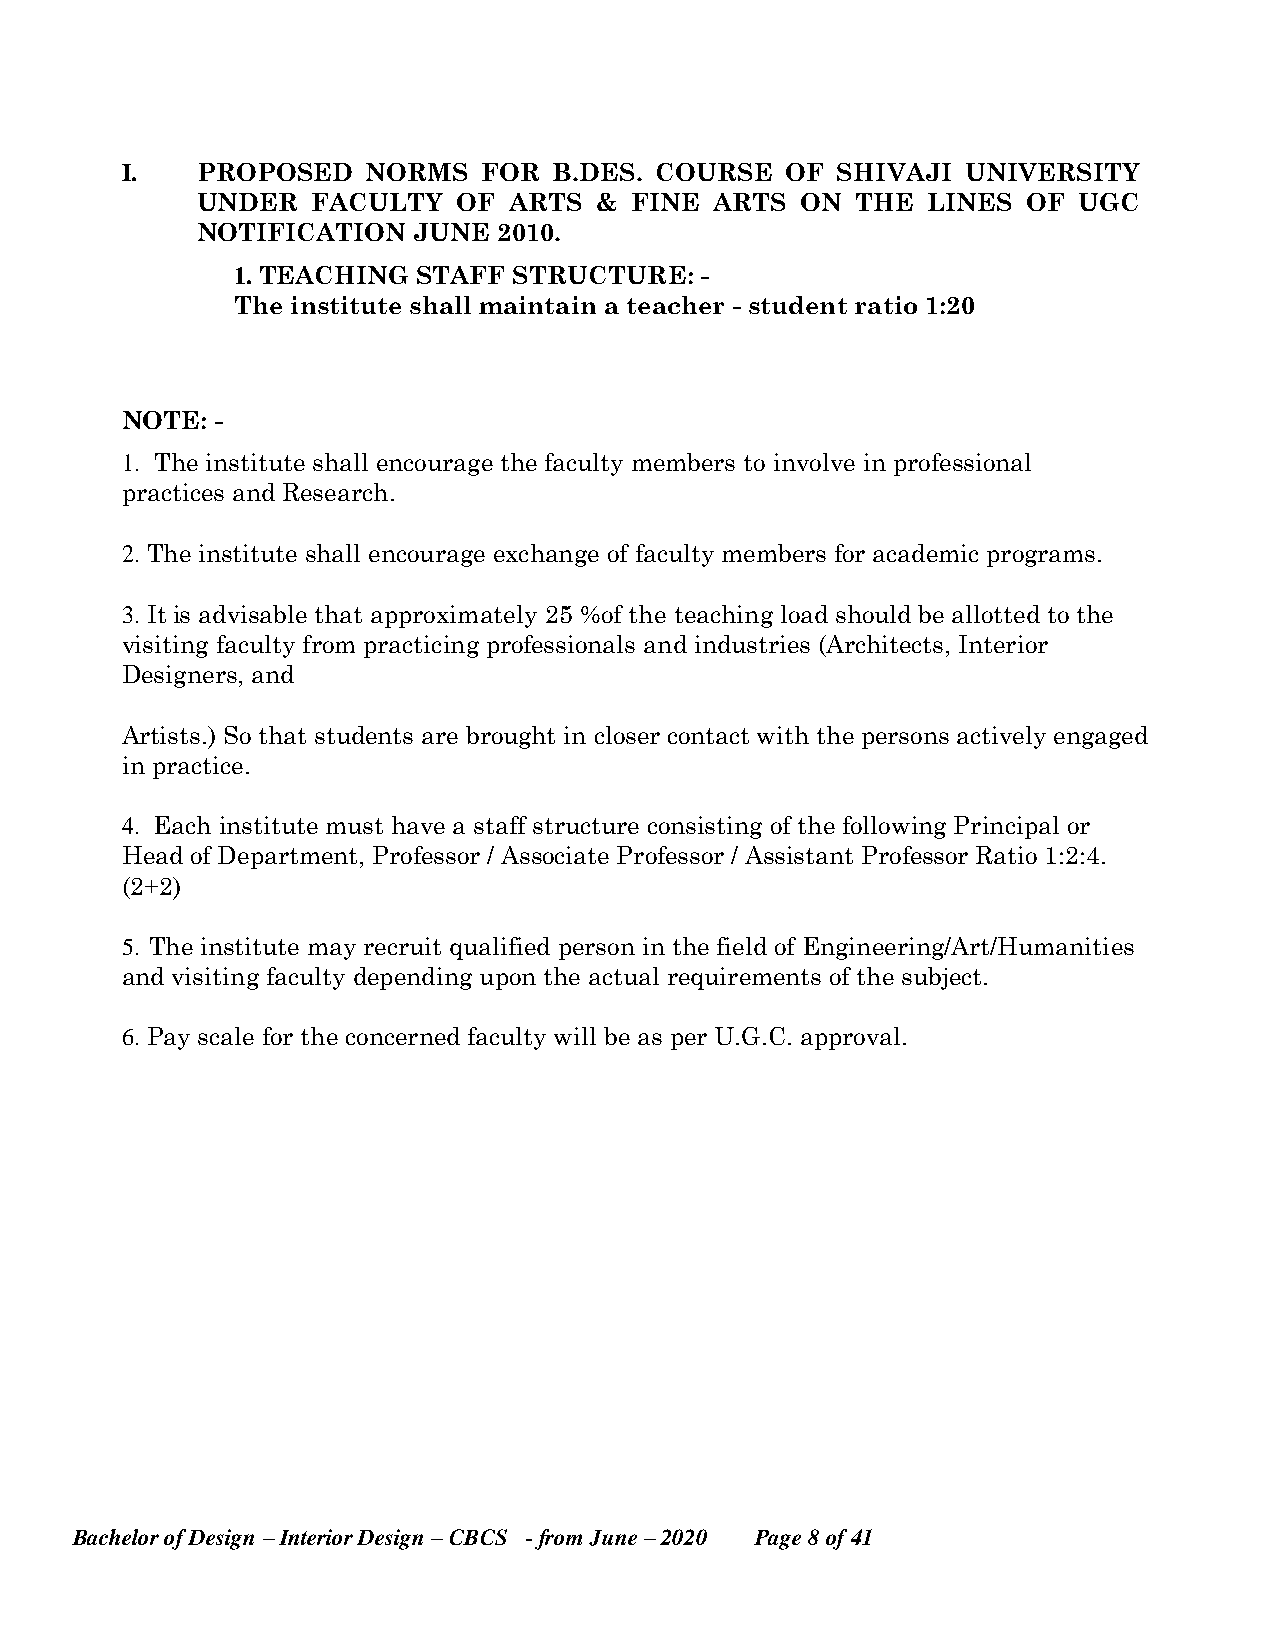
I.   PROPOSED   NORMS   FOR  B.DES. COURSE  OF SHIVAJI  UNIVERSITY
 UNDER   FACULTY  OF  ARTS &  FINE ARTS  ON  THE LINES  OF UGC
 NOTIFICATION  JUNE  2010.
 1. TEACHING STAFF STRUCTURE:  -
 The institute shall maintain a teacher - student ratio 1:20
 NOTE: -
 1. The institute shall encourage the faculty members to involve in professional
 practices and Research.
 2. The institute shall encourage exchange of faculty members for academic programs.
 3. It is advisable that approximately 25 %of the teaching load should be allotted to the
 visiting faculty from practicing professionals and industries (Architects, Interior
 Designers, and
 Artists.) So that students are brought in closer contact with the persons actively engaged
 in practice.
 4. Each institute must have a staff structure consisting of the following Principal or
 Head of Department, Professor / Associate Professor / Assistant Professor Ratio 1:2:4.
 (2+2)
 5. The institute may recruit qualified person in the field of Engineering/Art/Humanities
 and visiting faculty depending upon the actual requirements of the subject.
 6. Pay scale for the concerned faculty will be as per U.G.C. approval.
 Bachelor of Design – Interior Design – CBCS - from June – 2020 Page 8 of 41